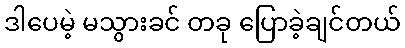
ဒါပေမဲ့ မသွားခင် တခု ပြောခဲ့ချင်တယ်